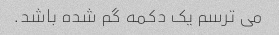
می ترسم یک دکمه گم شده باشد.